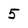
Character: 5